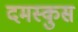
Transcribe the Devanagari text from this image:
दमस्कुस